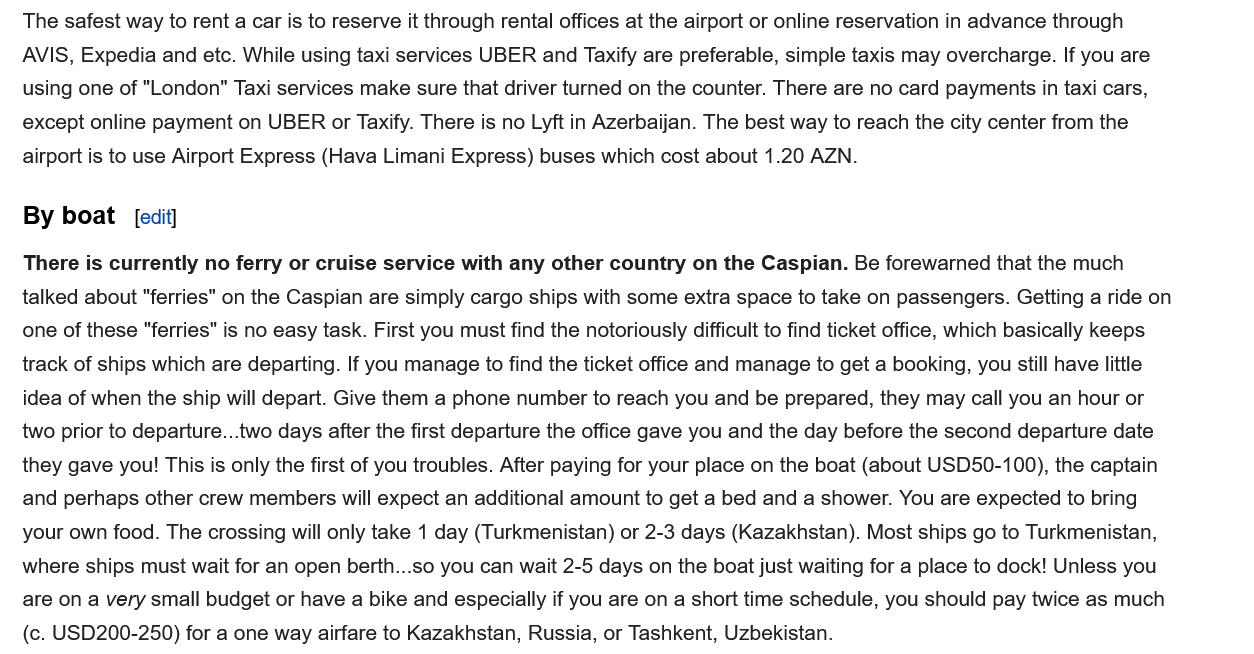
The safest way to rent a car is to reserve it through rental offices at the airport or online reservation in advance through
   AVIS, Expedia and etc. While using taxi services UBER and Taxify are preferable, simple taxis may overcharge. If you are
   using one of "London" Taxi services make sure that driver turned on the counter. There are no card payments in taxi cars,
   except online payment on UBER or Taxify. There is no Lyft in Azerbaijan. The best way to reach the city center from the
   airport is to use Airport Express (Hava Limani Express) buses which cost about 1.20 AZN.
   By  boat
   There is currently no ferry or cruise service with any other country on the Caspian. Be forewarned that the much
   talked about "ferries" on the Caspian are simply cargo ships with some extra space to take on passengers. Getting a ride on
   one of these "ferries" is no easy task. First you must find the notoriously difficult to find ticket office, which basically keeps
   track of ships which are departing. If you manage to find the ticket office and manage to get a booking, you still have little
   idea of when the ship will depart. Give them a phone number to reach you and be prepared, they may call you an hour or
   two prior to departure...two days after the first departure the office gave you and the day before the second departure date
   they gave you! This is only the first of you troubles. After paying for your place on the boat (about USD50-100), the captain
   and perhaps other crew members will expect an additional amount to get a bed and a shower. You are expected to bring
   your own food. The crossing will only take 1 day (Turkmenistan) or 2-3 days (Kazakhstan). Most ships go to Turkmenistan,
   where ships must wait for an open berth...so you can wait 2-5 days on the boat just waiting for a place to dock! Unless you
   are on a very small budget or have a bike and especially if you are on a short time schedule, you should pay twice as much
   (c. USD200-250) for a one way airfare to Kazakhstan, Russia, or Tashkent, Uzbekistan.
     [edit]